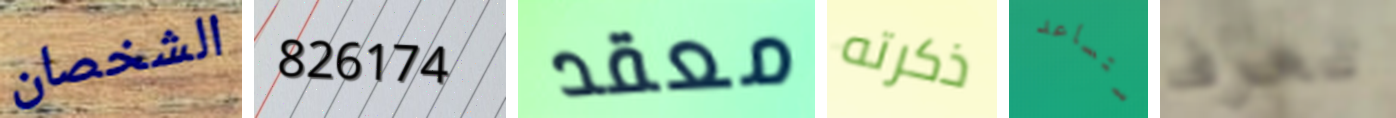
الشخصان 826174 معقد ذكرته ستساعد تعرف